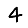
Digit: 4